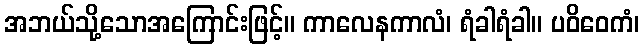
အဘယ်သို့သောအကြောင်းဖြင့်။ ကာလေနကာလံ၊ ရံခါရံခါ။ ပဝိဝေကံ၊